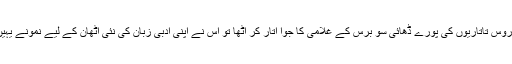
اور جب نیاروس تاتاریوں کی پورے ڈھائی سو برس کے غلامی کا جوا اتار کر اٹھا تو اس نے اپنی ادبی زبان کی نئی اٹھان کے لیے نمونے یہیں سے لیے۔